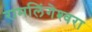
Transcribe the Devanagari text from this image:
रामलिंगेश्‍वरा